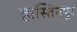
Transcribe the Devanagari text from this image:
हास्तिनपुर